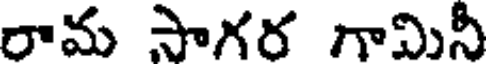
రామ సాగర గామినీ